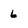
Character: 6